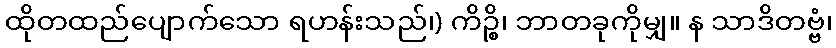
ထိုတထည်ပျောက်သော ရဟန်းသည်၊) ကိဉ္စိ၊ ဘာတခုကိုမျှ။ န သာဒိတဗ္ဗံ၊